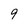
Character: 9